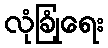
လုံခြုံရေး